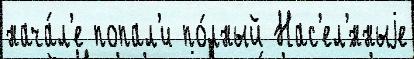
нача́л'е попал'и по́лный Нас'ел'́нныjе